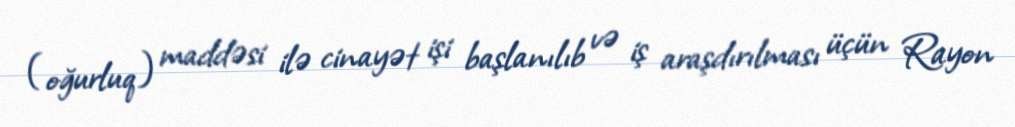
(oğurluq) maddəsi ilə cinayət işi başlanılıb və iş araşdırılması üçün Rayon